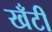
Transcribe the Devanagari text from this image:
खँटी